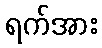
ရက်အား